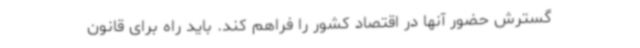
گسترش حضور آنها در اقتصاد کشور را فراهم کند. باید راه برای قانون‌